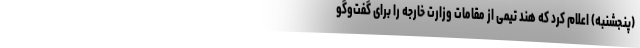
(پنجشنبه) اعلام کرد که هند تیمی از مقامات وزارت خارجه را برای گفت‌وگو